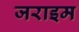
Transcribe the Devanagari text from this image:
जराइम